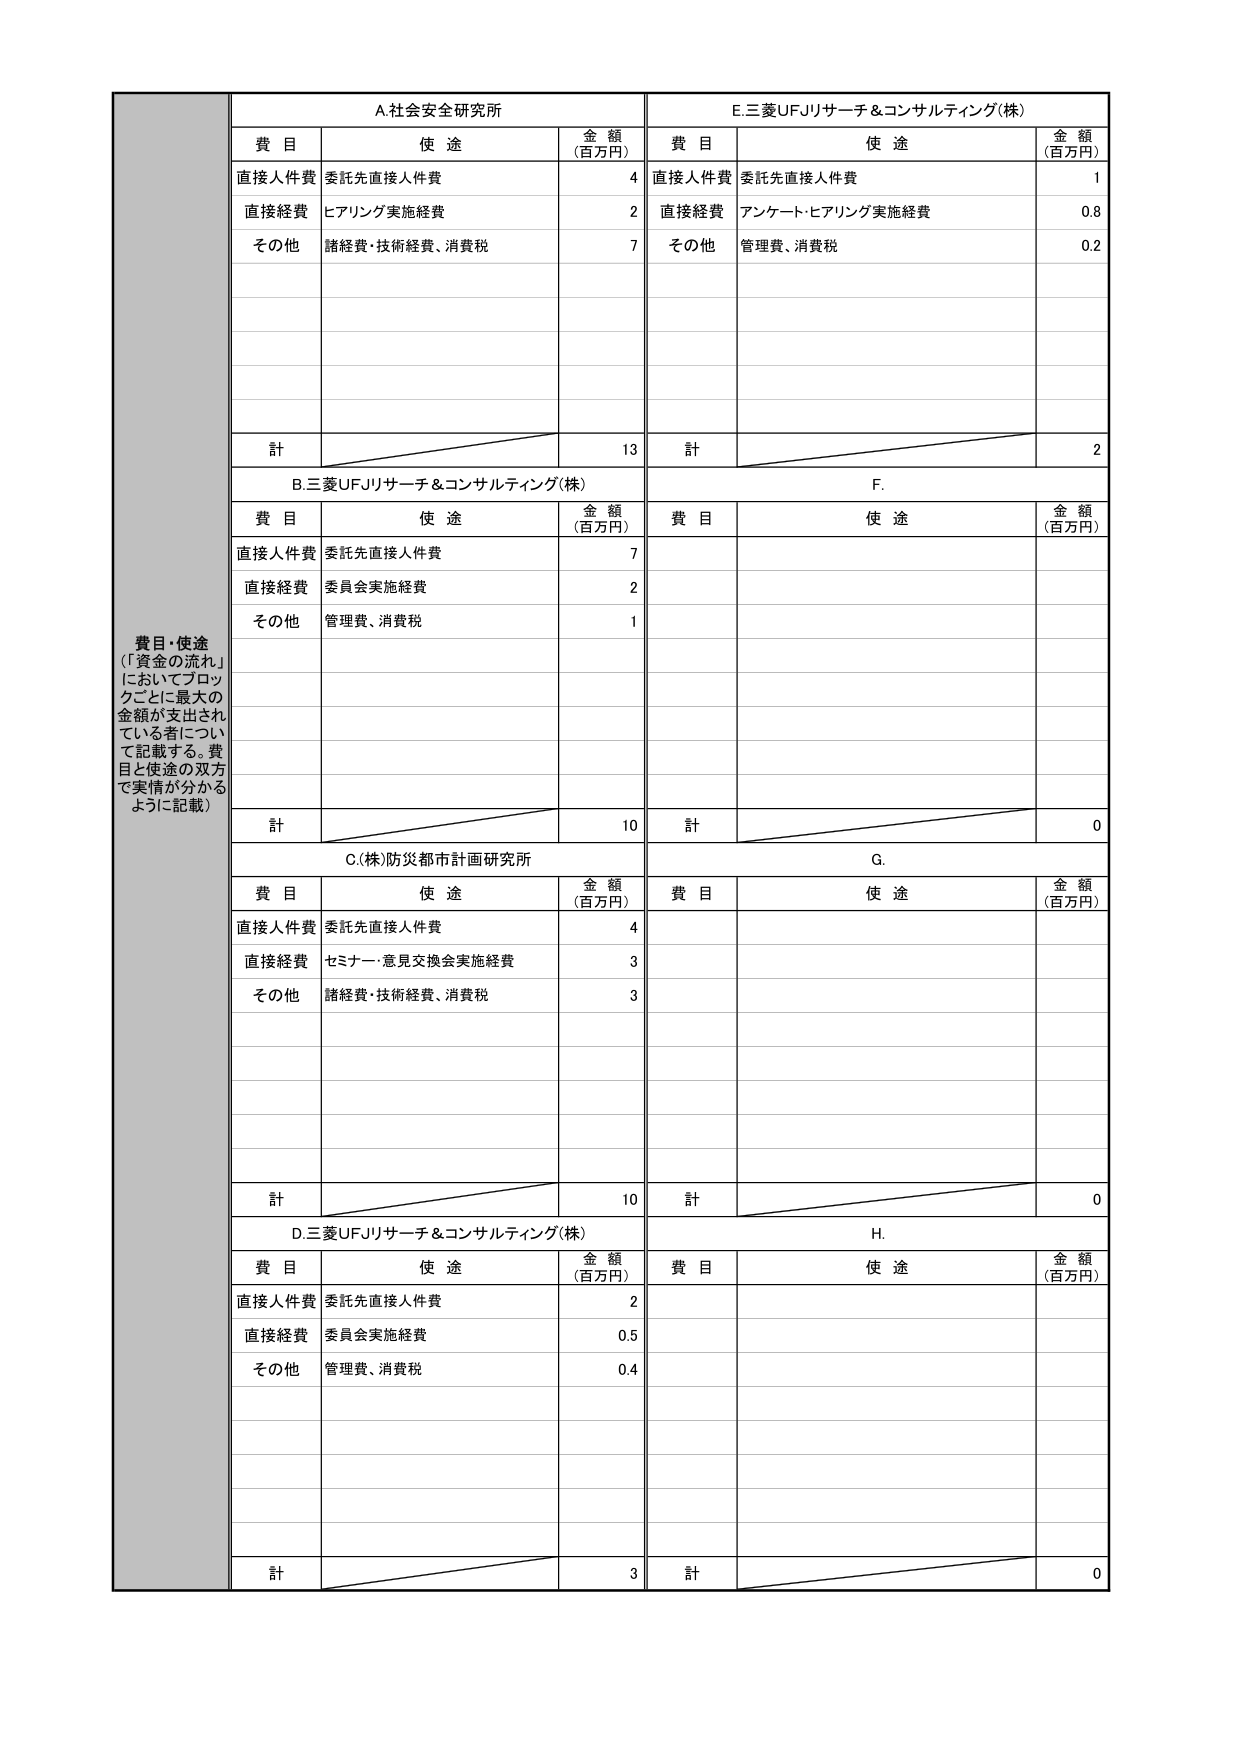
費目・使途
（「資金の流れ」
においてブロッ
クごとに最大の
金額が支出され
ている者につい
て記載する。費
目と使途の双方
で実情が分かる
ように記載）

A.社会安全研究所
費目 使途 金額（百万円）
直接人件費 委託先直接人件費 4
直接経費 ヒアリング実施経費 2
その他 諸経費・技術経費、消費税 7
計 13

B.三菱UFJリサーチ＆コンサルティング（株）
費目 使途 金額（百万円）
直接人件費 委託先直接人件費 7
直接経費 委員会実施経費 2
その他 管理費、消費税 1
計 10

C.（株）防災都市計画研究所
費目 使途 金額（百万円）
直接人件費 委託先直接人件費 4
直接経費 セミナー・意見交換会実施経費 3
その他 諸経費・技術経費、消費税 3
計 10

D.三菱UFJリサーチ＆コンサルティング（株）
費目 使途 金額（百万円）
直接人件費 委託先直接人件費 2
直接経費 委員会実施経費 0.5
その他 管理費、消費税 0.4
計 3

E.三菱UFJリサーチ＆コンサルティング（株）
費目 使途 金額（百万円）
直接人件費 委託先直接人件費 1
直接経費 アンケート・ヒアリング実施経費 0.8
その他 管理費、消費税 0.2
計 2

F.
費目 使途 金額（百万円）
計 0

G.
費目 使途 金額（百万円）
計 0

H.
費目 使途 金額（百万円）
計 0